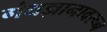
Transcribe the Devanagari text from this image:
गंधज्ञानावरून